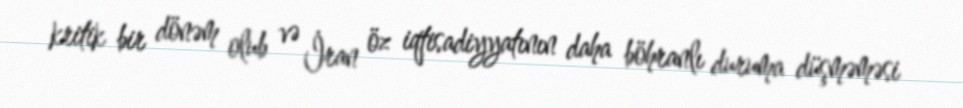
kritik bir dönəm olub və İran öz iqtisadiyyatının daha böhranlı duruma düşməməsi